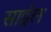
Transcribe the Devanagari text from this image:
साईल